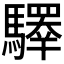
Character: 𩦯